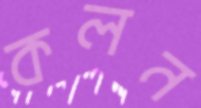
কলন